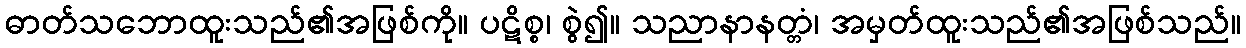
ဓာတ်သဘောထူးသည်၏အဖြစ်ကို။ ပဋိစ္စ၊ စွဲ၍။ သညာနာနတ္တံ၊ အမှတ်ထူးသည်၏အဖြစ်သည်။